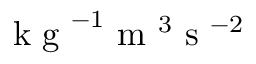
\mathrm { ~ k ~ g ~ } ^ { - 1 } \mathrm { ~ m ~ } ^ { 3 } \mathrm { ~ s ~ } ^ { - 2 }